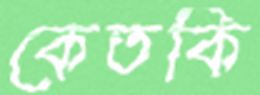
কেতকি